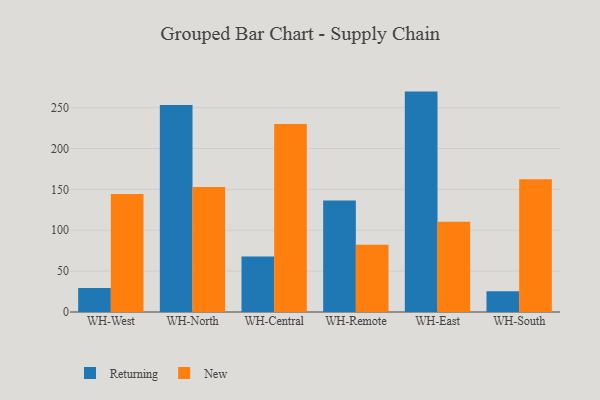
{"axis": {"x": "Warehouse", "y": "Customer Acquisition Cost (USD)"}, "legend": ["New", "Returning"], "data": [{"x": "WH-West", "y": 29.5, "type": "Returning"}, {"x": "WH-West", "y": 144.2, "type": "New"}, {"x": "WH-North", "y": 253.3, "type": "Returning"}, {"x": "WH-North", "y": 152.9, "type": "New"}, {"x": "WH-Central", "y": 68.0, "type": "Returning"}, {"x": "WH-Central", "y": 230.1, "type": "New"}, {"x": "WH-Remote", "y": 136.4, "type": "Returning"}, {"x": "WH-Remote", "y": 82.2, "type": "New"}, {"x": "WH-East", "y": 269.6, "type": "Returning"}, {"x": "WH-East", "y": 110.3, "type": "New"}, {"x": "WH-South", "y": 25.5, "type": "Returning"}, {"x": "WH-South", "y": 162.3, "type": "New"}]}